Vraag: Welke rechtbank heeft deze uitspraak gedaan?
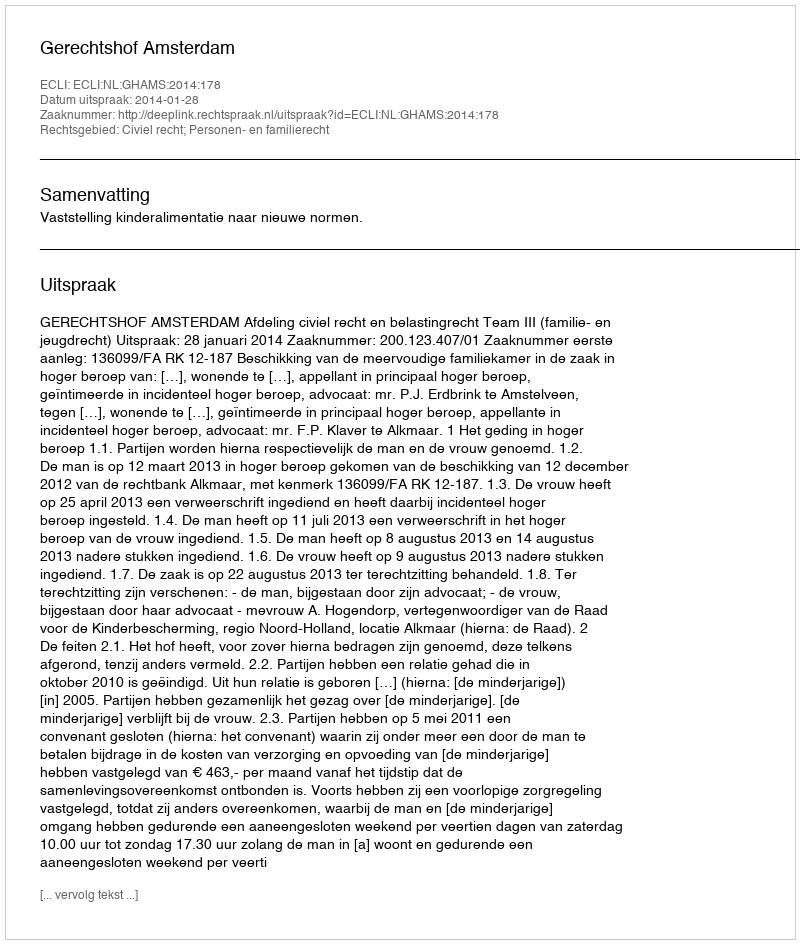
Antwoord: Gerechtshof Amsterdam